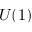
U ( 1 )